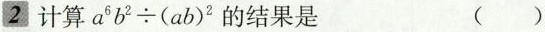
2 计算 $$a^{62} b^{2}\div(ab)^{2}$$的结果是 ( )